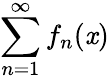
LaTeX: \sum_{n=1}^{\infty}f_{n}(\mathit{x})